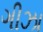
ગીઝા